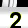
Digit: 2